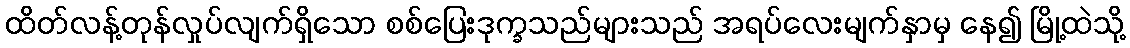
ထိတ်လန့်တုန်လှုပ်လျက်ရှိသော စစ်ပြေးဒုက္ခသည်များသည် အရပ်လေးမျက်နှာမှ နေ၍ မြို့ထဲသို့